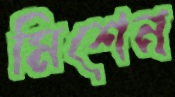
মিশেন